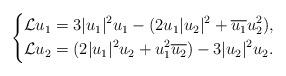
LaTeX: \begin{align*}\left\{\begin{aligned}&\mathcal{L} u_1=3 |u_1|^2u_1-(2u_1|u_2|^2 +\overline{u_1}u_2^2),\\&\mathcal{L} u_2=(2|u_1|^2u_2+u_1^2\overline{u_2})-3|u_2|^2u_2.\end{aligned}\right.\end{align*}